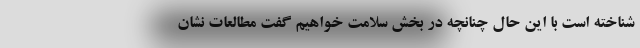
شناخته است با این حال چنانچه در بخش سلامت خواهیم گفت مطالعات نشان